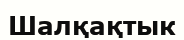
Шалқақтык